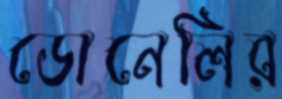
ডোনেলির